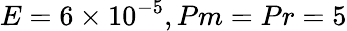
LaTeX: E=6\times 10^{-5},Pm=Pr=5